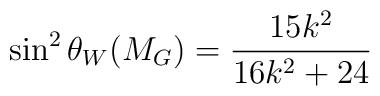
\sin^2 \theta_W(M_{G}) =\frac{15k^2}{16k^2 +24}